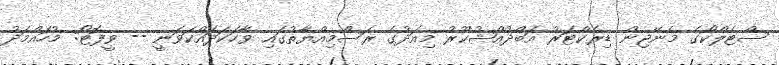
ސްޓެލްކޯގެ މެނޭޖިން ޑިރެކްޓަރު އަބްދުއްޝުކޫރު މިއަދުގެ ރަސްމިއްޔާތުގައި ވާހަކަދައްކަވަނީ -- ވީފޮޓޯ: މުހައްމަދު